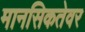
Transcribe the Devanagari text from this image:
मानसिकतेवर